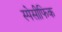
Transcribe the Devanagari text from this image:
स्पेसीफिक